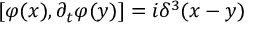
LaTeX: [ \varphi ( x ) , \partial _ { t } \varphi ( y ) ] = i \delta ^ { 3 } ( x - y )